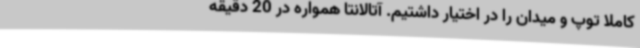
کاملا توپ و میدان را در اختیار داشتیم. آتالانتا همواره در 20 دقیقه